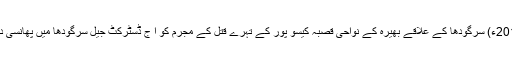
06 نومبر2019ء) سرگودھا کے علاقے بھیرہ کے نواحی قصبہ کیسو پور کے تہرے قتل کے مجرم کو آ ج ڈسٹرکٹ جیل سرگودھا میں پھانسی دی جائے گی۔